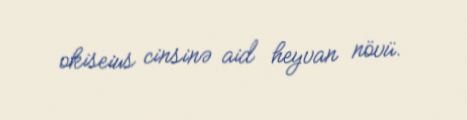
okiseius cinsinə aid heyvan növü.